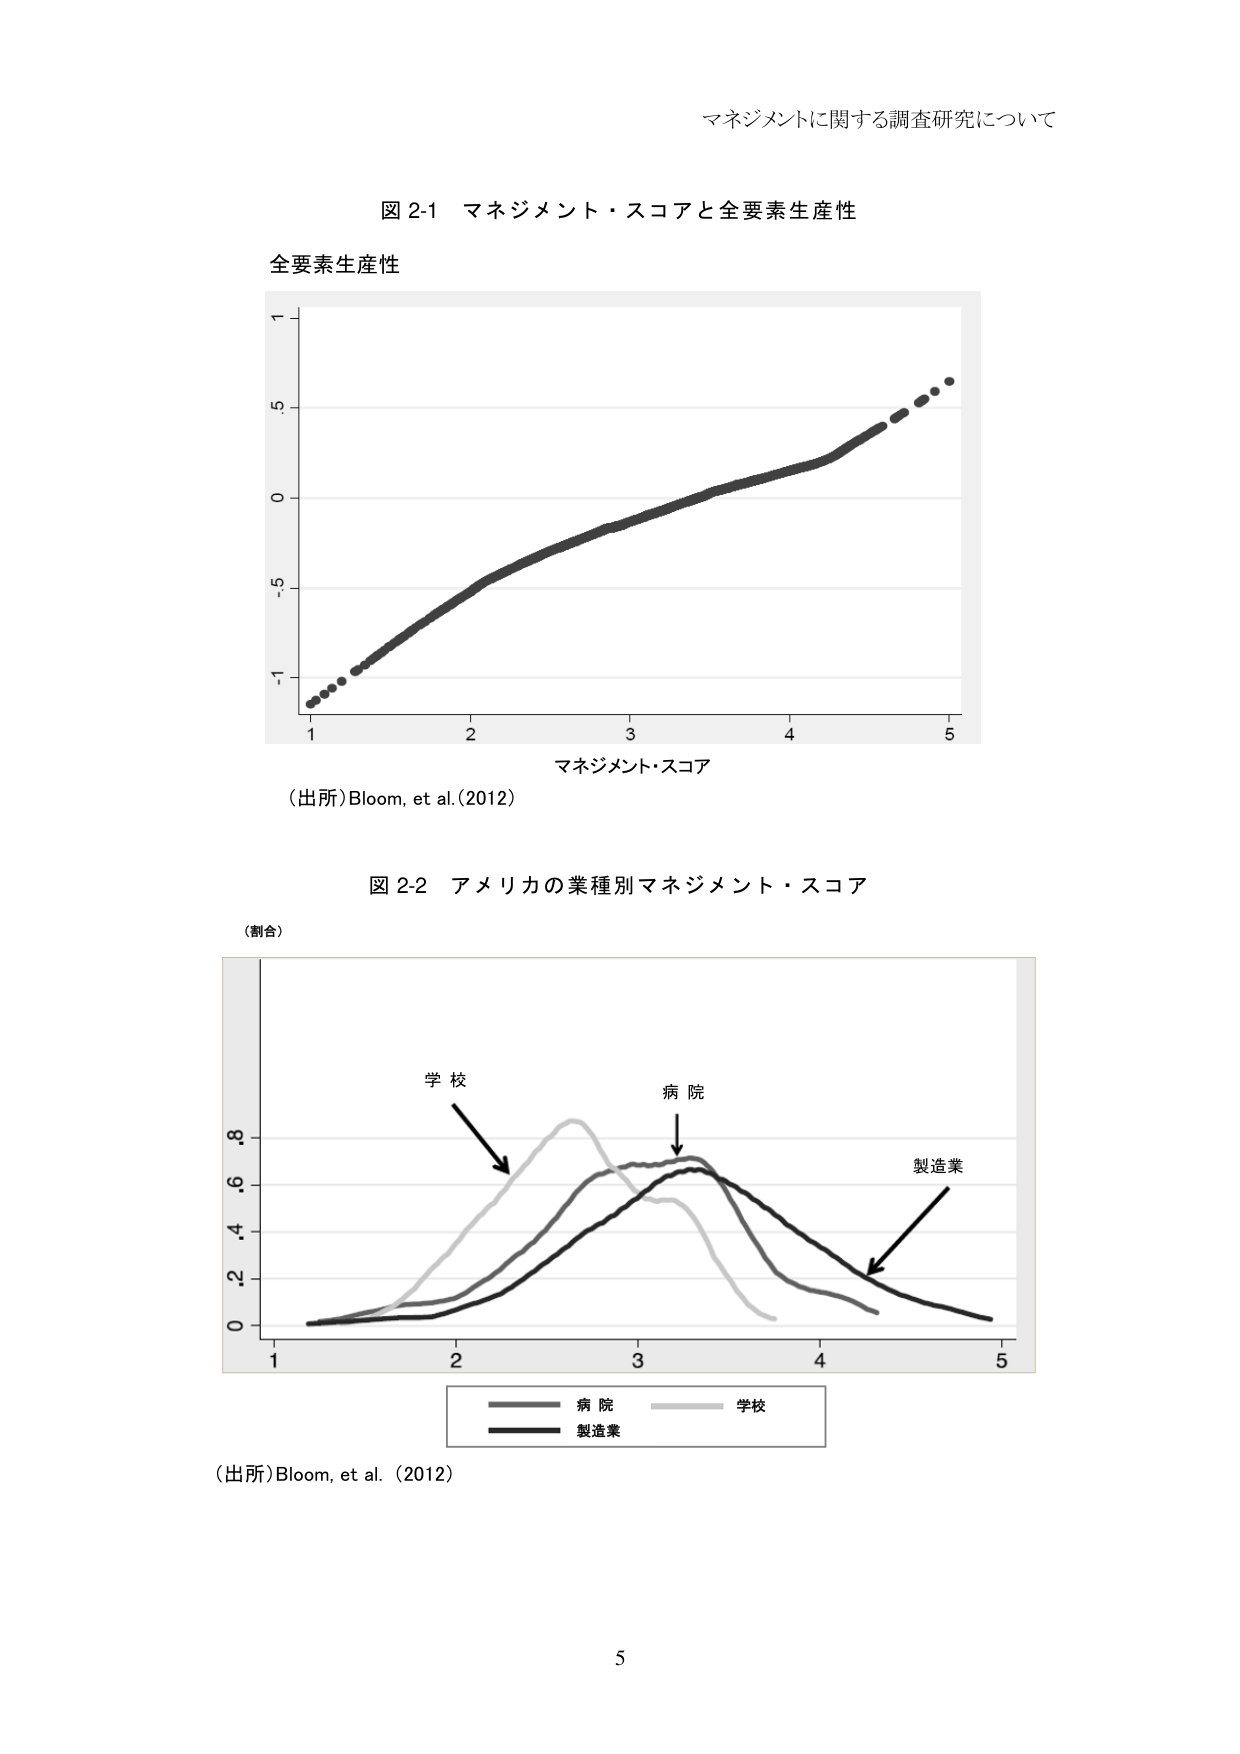
マネジメントに関する調査研究について

図 2-1 マネジメント・スコアと全要素生産性

全要素生産性

1
.5
0
-5
-1
1       2       3       4       5
マネジメント・スコア

（出所）Bloom, et al. (2012)

図 2-2 アメリカの業種別マネジメント・スコア

（割合）

学校
病院
製造業

0  .2  .4  .6  .8
1       2       3       4       5

病院
学校
製造業

（出所）Bloom, et al. (2012)

5